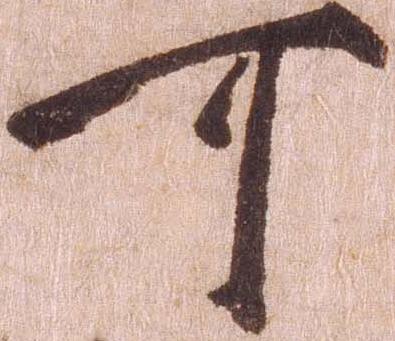
可